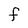
Character: F